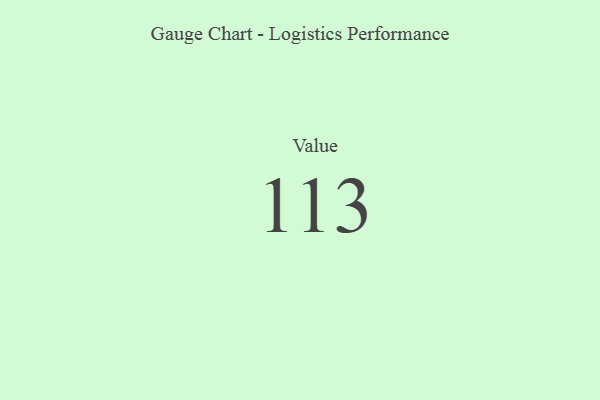
{"axis": {"x": "Metric", "y": "Value"}, "legend": [""], "data": [{"x": "Value", "y": 113, "type": ""}]}